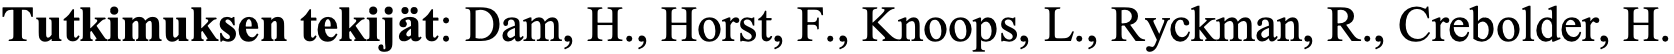
Tutkimuksen tekijät: Dam, H., Horst, F., Knoops, L., Ryckman, R., Crebolder, H.